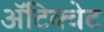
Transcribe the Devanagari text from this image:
अॅटिक्वेट